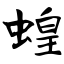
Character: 蝗